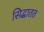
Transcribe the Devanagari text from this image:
सिद्धातत